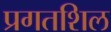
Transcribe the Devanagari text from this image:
प्रगतशिल